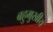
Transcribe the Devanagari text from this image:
बहुमुखीय